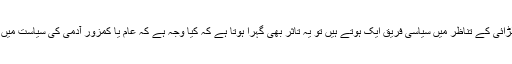
اس لیے جب طاقت کے جاری کھیل میں ہونے والی لڑائی کے تناظر میں سیاسی فریق ایک ہوتے ہیں تو یہ تاثر بھی گہرا ہوتا ہے کہ کیا وجہ ہے کہ عام یا کمزور آدمی کی سیاست میں یہ ہی سیاسی فریق اتفاق رائے کیوں نہیں پیدا کرتے۔